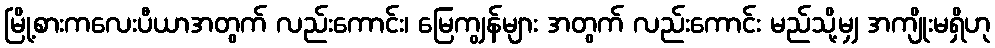
မြို့စားကလေးပီယာအတွက် လည်းကောင်း၊ မြေကျွန်များ အတွက် လည်းကောင်း မည်သို့မျှ အကျိုးမရှိဟု